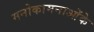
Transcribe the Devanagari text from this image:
मनोकामनाओंके